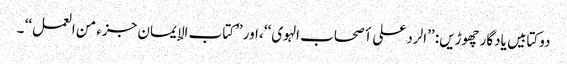
دوکتابیں یادگار چھوڑیں: ’’الرد علی أصحاب الہوی‘‘، اور ’’کتاب الإیمان جزء من العمل‘‘ ۔